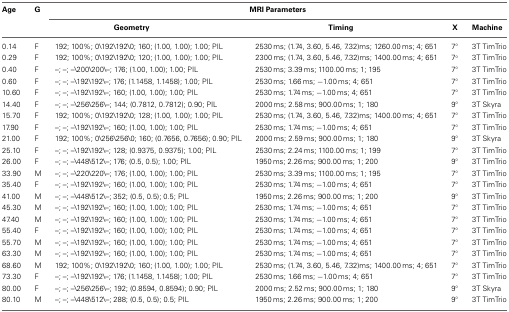
<table><thead><tr><td><b>Age</b></td><td><b>G</b></td><td colspan="4"><b>MRI Parameters</b></td></tr><tr><td></td><td></td><td><b>Geometry</b></td><td><b>Timing</b></td><td><b>X</b></td><td><b>Machine</b></td></tr></thead><tbody><tr><td>0.14</td><td>F</td><td>192; 100%; 0\192\192\0; 160; (1.00, 1.00); 1.00; PIL</td><td>2530 ms; (1.74, 3.60, 5.46, 7.32)ms; 1260.00 ms; 4; 651</td><td>7°</td><td>3T TimTrio</td></tr><tr><td>0.29</td><td>F</td><td>192; 100%; 0\192\192\0; 120; (1.00, 1.00); 1.00; PIL</td><td>2300 ms; (1.74, 3.60, 5.46, 7.32)ms; 1400.00 ms; 4; 651</td><td>7°</td><td>3T TimTrio</td></tr><tr><td>0.40</td><td>F</td><td>–; –; –\200\200\–; 176; (1.00, 1.00); 1.00; PIL</td><td>2530 ms; 3.39 ms; 1100.00 ms; 1; 195</td><td>7°</td><td>3T TimTrio</td></tr><tr><td>0.60</td><td>F</td><td>–; –; –\192\192\–; 176; (1.1458, 1.1458); 1.00; PIL</td><td>2530 ms; 1.66 ms; −1.00 ms; 4; 651</td><td>7°</td><td>3T TimTrio</td></tr><tr><td>10.60</td><td>F</td><td>–; –; –\192\192\–; 160; (1.00, 1.00); 1.00; PIL</td><td>2530 ms; 1.74 ms; −1.00 ms; 4; 651</td><td>7°</td><td>3T TimTrio</td></tr><tr><td>14.40</td><td>F</td><td>–; –; –\256\256\–; 144; (0.7812, 0.7812); 0.90; PIL</td><td>2000 ms; 2.58 ms; 900.00 ms; 1; 180</td><td>9°</td><td>3T Skyra</td></tr><tr><td>15.70</td><td>F</td><td>192; 100%; 0\192\192\0; 128; (1.00, 1.00); 1.00; PIL</td><td>2530 ms; (1.74, 3.60, 5.46, 7.32)ms; 1400.00 ms; 4; 651</td><td>7°</td><td>3T TimTrio</td></tr><tr><td>17.90</td><td>F</td><td>–; –; –\192\192\–; 160; (1.00, 1.00); 1.00; PIL</td><td>2530 ms; 1.74 ms; −1.00 ms; 4; 651</td><td>7°</td><td>3T TimTrio</td></tr><tr><td>21.00</td><td>F</td><td>192; 100%; 0\256\256\0; 160; (0.7656, 0.7656); 0.90; PIL</td><td>2000 ms; 2.59 ms; 900.00 ms; 1; 180</td><td>9°</td><td>3T Skyra</td></tr><tr><td>25.10</td><td>F</td><td>–; –; –\192\192\–; 128; (0.9375, 0.9375); 1.00; PIL</td><td>2530 ms; 2.24 ms; 1100.00 ms; 1; 199</td><td>7°</td><td>3T TimTrio</td></tr><tr><td>26.00</td><td>F</td><td>–; –; –\448\512\–; 176; (0.5, 0.5); 1.00; PIL</td><td>1950 ms; 2.26 ms; 900.00 ms; 1; 200</td><td>9°</td><td>3T TimTrio</td></tr><tr><td>33.90</td><td>M</td><td>–; –; –\220\220\–; 176; (1.00, 1.00); 1.00; PIL</td><td>2530 ms; 3.39 ms; 1100.00 ms; 1; 195</td><td>7°</td><td>3T TimTrio</td></tr><tr><td>35.40</td><td>F</td><td>–; –; –\192\192\–; 160; (1.00, 1.00); 1.00; PIL</td><td>2530 ms; 1.74 ms; −1.00 ms; 4; 651</td><td>7°</td><td>3T TimTrio</td></tr><tr><td>41.00</td><td>M</td><td>–; –; –\448\512\–; 352; (0.5, 0.5); 0.5; PIL</td><td>1950 ms; 2.26 ms; 900.00 ms; 1; 200</td><td>9°</td><td>3T TimTrio</td></tr><tr><td>45.30</td><td>M</td><td>–; –; –\192\192\–; 160; (1.00, 1.00); 1.00; PIL</td><td>2530 ms; 1.74 ms; −1.00 ms; 4; 651</td><td>7°</td><td>3T TimTrio</td></tr><tr><td>47.40</td><td>M</td><td>–; –; –\192\192\–; 160; (1.00, 1.00); 1.00; PIL</td><td>2530 ms; 1.74 ms; −1.00 ms; 4; 651</td><td>7°</td><td>3T TimTrio</td></tr><tr><td>55.40</td><td>F</td><td>–; –; –\192\192\–; 160; (1.00, 1.00); 1.00; PIL</td><td>2530 ms; 1.74 ms; −1.00 ms; 4; 651</td><td>7°</td><td>3T TimTrio</td></tr><tr><td>55.70</td><td>M</td><td>–; –; –\192\192\–; 160; (1.00, 1.00); 1.00; PIL</td><td>2530 ms; 1.74 ms; −1.00 ms; 4; 651</td><td>7°</td><td>3T TimTrio</td></tr><tr><td>63.30</td><td>M</td><td>–; –; –\192\192\–; 160; (1.00, 1.00); 1.00; PIL</td><td>2530 ms; 1.74 ms; −1.00 ms; 4; 651</td><td>7°</td><td>3T TimTrio</td></tr><tr><td>68.60</td><td>M</td><td>192; 100%; 0\192\192\0; 160; (1.00, 1.00); 1.00; PIL</td><td>2530 ms; (1.74, 3.60, 5.46, 7.32)ms; 1400.00 ms; 4; 651</td><td>7°</td><td>3T TimTrio</td></tr><tr><td>73.30</td><td>F</td><td>–; –; –\192\192\–; 176; (1.1458, 1.1458); 1.00; PIL</td><td>2530 ms; 1.66 ms; −1.00 ms; 4; 651</td><td>7°</td><td>3T TimTrio</td></tr><tr><td>80.00</td><td>F</td><td>–; –; –\256\256\–; 192; (0.8594, 0.8594); 0.90; PIL</td><td>2000 ms; 2.52 ms; 900.00 ms; 1; 180</td><td>9°</td><td>3T Skyra</td></tr><tr><td>80.10</td><td>M</td><td>–; –; –\448\512\–; 288; (0.5, 0.5); 0.5; PIL</td><td>1950 ms; 2.26 ms; 900.00 ms; 1; 200</td><td>9°</td><td>3T TimTrio</td></tr></tbody></table>